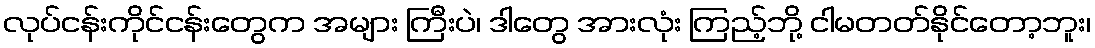
လုပ်ငန်းကိုင်ငန်းတွေက အများ ကြီးပဲ၊ ဒါတွေ အားလုံး ကြည့်ဘို့ ငါမတတ်နိုင်တော့ဘူး၊